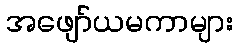
အဖျော်ယမကာများ